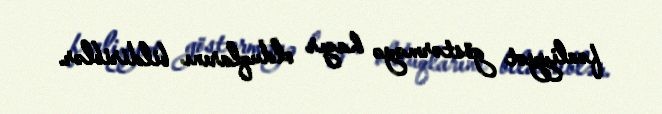
fəaliyyət göstərməyə hazır olduqlarını bildiriblər.